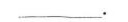
___.